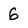
Character: 6